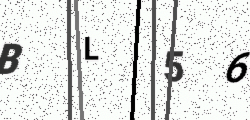
Text: BL56